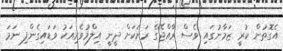
އެގޮތުން ކުރީ ޒަމާނުގައި ވެސް ރާއްޖޭގެ ރަށަކަށް ދީނީ އިލްމުވެރިއަކު ވަޑައިގެންފި ނަމަ